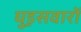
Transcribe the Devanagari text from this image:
घुड़़सवारों